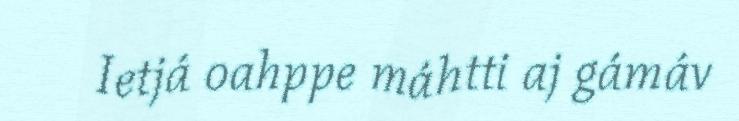
Ietjá oahppe máhtti aj gámáv